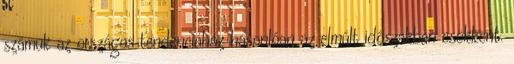
számuk az országos tendenciához hasonlóan az elmúlt időszakban csökkent.